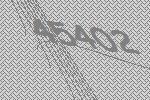
45402